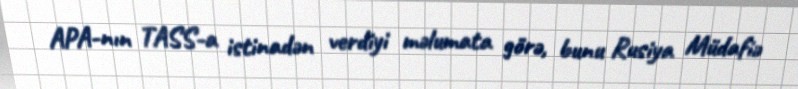
APA-nın TASS-a istinadən verdiyi məlumata görə, bunu Rusiya Müdafiə